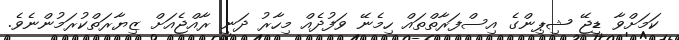
ކަމަށްވާ ޑީޖޭ ޝިޕިންގެ އިސްފަރާތްތައް ހިމެނޭ ވަފުދެއް މިހާރު ދަނީ ރާއްޖެއަށް ޒިޔާރަތްކުރަމުންނެވެ.